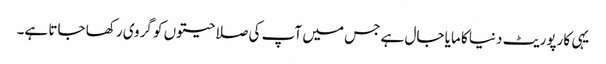
یہی کارپوریٹ دنیا کا مایا جال ہے جس میں آپ کی صلاحیتوں کو گروی رکھا جاتا ہے۔